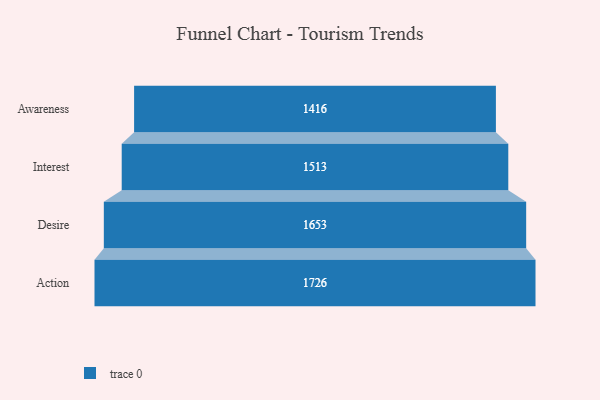
{"axis": {"x": "Stage", "y": "Value"}, "legend": [""], "data": [{"x": "Awareness", "y": 1416.0, "type": ""}, {"x": "Interest", "y": 1513.0, "type": ""}, {"x": "Desire", "y": 1653.0, "type": ""}, {"x": "Action", "y": 1726.0, "type": ""}]}